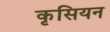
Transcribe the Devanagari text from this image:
कृसियन